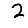
Digit: 2